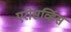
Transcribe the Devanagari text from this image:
एरोसर्व्हिस